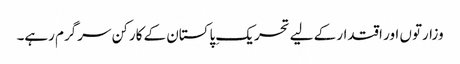
وزارتوں اور اقتدار کے لیے تحریکِ پاکستان کے کارکن سرگرم رہے۔